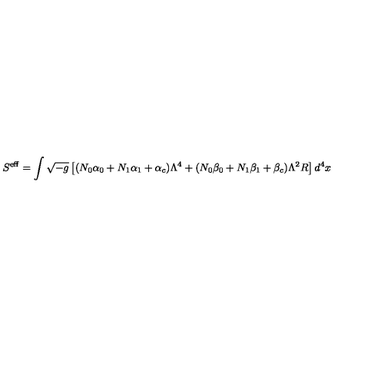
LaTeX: S ^ { \mathrm { e f f } } = \int \sqrt { - g } \left[ ( N _ { 0 } \alpha _ { 0 } + N _ { 1 } \alpha _ { 1 } + \alpha _ { c } ) \Lambda ^ { 4 } + ( N _ { 0 } \beta _ { 0 } + N _ { 1 } \beta _ { 1 } + \beta _ { c } ) \Lambda ^ { 2 } R \right] d ^ { 4 } x